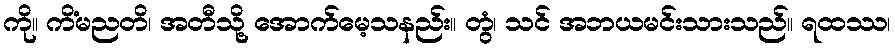
ကို။ ကိံမညတိ၊ အတီသို့ အောက်မေ့သနည်း။ တွံ၊ သင် အဘယမင်းသားသည်။ ရထဿ၊